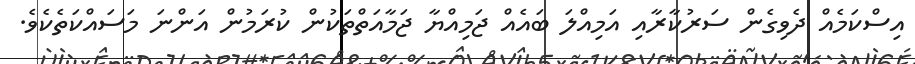
އިސްކަމެއް ދެވިގެން ސަރުކާރާއި އަމިއްލަ ބައެއް ޖަމިއްޔާ ޖަމާއަތްތަކުން ކުރަމުން އަންނަ މަސައްކަތެކެވެ.